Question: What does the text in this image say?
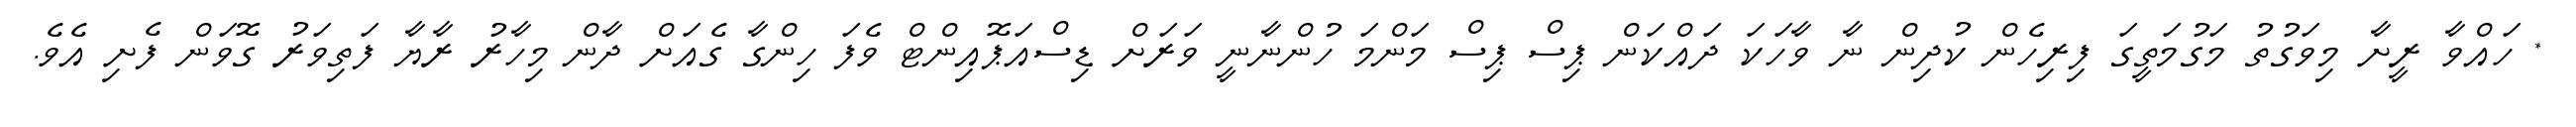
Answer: * ހައްވާ ރީށާ މިވަގުތު މަގުމަތީގަ ފިރިހެން ކުދިން ނާ ވާހަކަ ދައްކަން ޕިސް ޕިސް މަންމަ ހުންނާނީ ވަރަށް ޑިސްއަޕޮއިންޓް ވެފަ ހިންގާ ގެއަށް ދާން މިހާރު ރާޔާ ފަތިވަރު ގޮވަން ފެށި އެވެ.